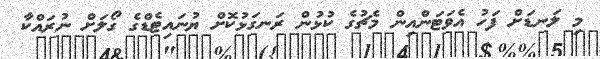
މި ލަނޑަށް ފަހު އެވަޓަންއިން މެޗުގެ ކުޅުން ރަނގަޅުކޮށް ޔުނައިޓެޑްގެ ގޯލަށް ނުރައްކާ